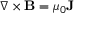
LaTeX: \nabla \times \mathbf { B } = \mu _ { 0 } \mathbf { J }